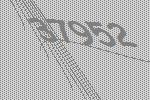
37952